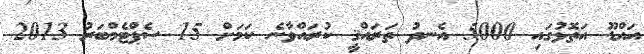
އައްޑޫ އަތޮޅުގައި 5000 އެނދު ތަރައްޤީ ކުރައްވާނެ ކަމަށް 15 ސެޕްޓެމްބަރު 2013